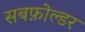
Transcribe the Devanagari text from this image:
सबफ़ोल्डर